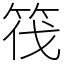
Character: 筏